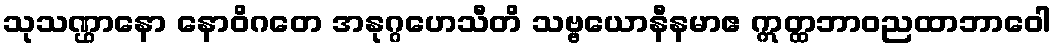
သုသဏ္ဌာနော နောဝိဂတေ အနုဂ္ဂဟေသီတိ သဗ္ဗယောနီနမာဧ ဣတ္ထဘာဝညထာဘာဝေါ